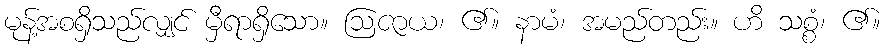
မုန့်အစရှိသည်လျှင် မှီရာရှိသော။ ဩဇာယ၊ ၏။ နာမံ၊ အမည်တည်း။ ဟိ သစ္စံ၊ ၏။